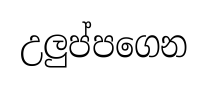
උලුප්පගෙන